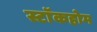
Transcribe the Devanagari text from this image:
स्टाॅकहोम